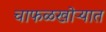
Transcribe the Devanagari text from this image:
चाफळखोऱ्यात